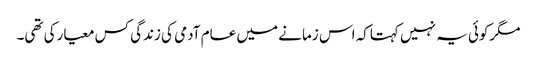
مگرکوئی یہ نہیں کہتاکہ اس زمانے میں عام آدمی کی زندگی کس معیارکی تھی۔